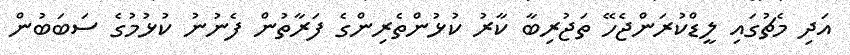
އަދި މެޗުގައި ލީޑްކުރަންޖެހޭ ތަޖުރިބާ ކާރު ކުޅުންތެރިންގެ ފަރާތުން ފެނުނު ކުޅުމުގެ ސަބަބުން